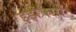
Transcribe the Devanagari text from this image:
इझेक्सों